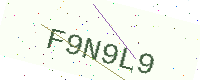
Text: F9N9L9